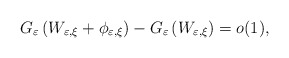
\begin{align*}G_{\varepsilon}\left( W_{\varepsilon,\xi}+\phi_{\varepsilon,\xi}\right)-G_{\varepsilon}\left( W_{\varepsilon,\xi}\right) =o(1), \end{align*}